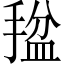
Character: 𫽡